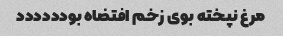
مرغ نپخته بوی زخم افتضاه بودددددد